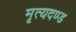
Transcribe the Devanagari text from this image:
मृत्यदण्ड